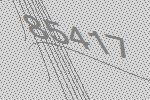
85417